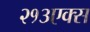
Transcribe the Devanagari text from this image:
२१३एक्स